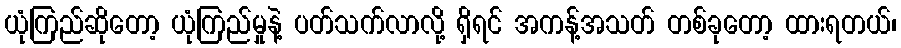
ယုံကြည်ဆိုတော့ ယုံကြည်မှုနဲ့ ပတ်သက်လာလို့ ရှိရင် အကန့်အသတ် တစ်ခုတော့ ထားရတယ်၊